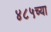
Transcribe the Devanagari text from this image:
४८५च्या